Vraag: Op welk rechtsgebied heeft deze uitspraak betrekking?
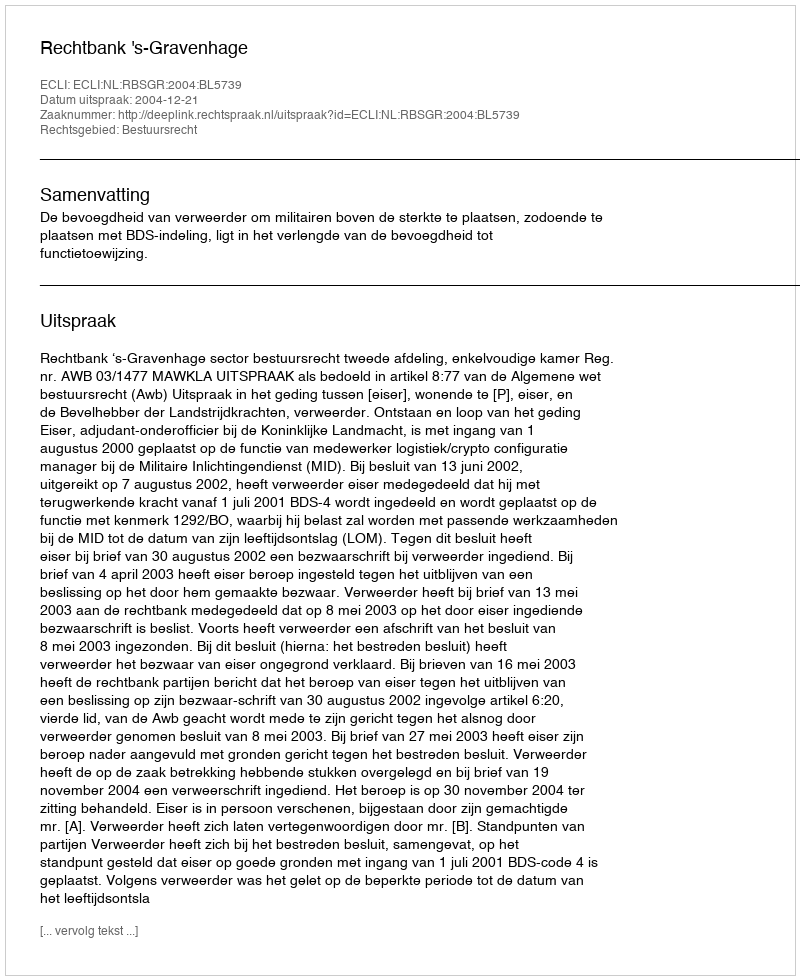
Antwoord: Bestuursrecht